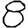
Digit: 8